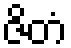
ဇိတံ